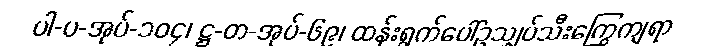
ပါ-ပ-အုပ်-၁၀၄၊ ဋ္ဌ-တ-အုပ်-၆၉၊ ထန်းရွက်ပေါ်ဥသျှပ်သီးကြွေကျရာ